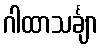
ဂါထာသင်္ချာ